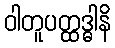
ဝါတူပတ္ထဒ္ဓါနိ